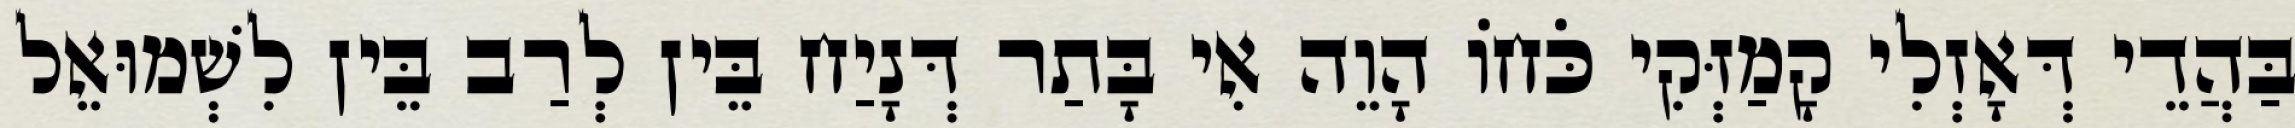
בַּהֲדֵי דְּאָזְלִי קָמַזְּקִי כֹּחוֹ הָוֵה אִי בָּתַר דְּנָיַח בֵּין לְרַב בֵּין לִשְׁמוּאֵל